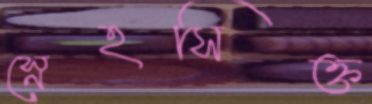
স্নেহসিক্ত